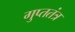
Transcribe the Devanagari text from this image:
गुप्ततंत्र